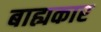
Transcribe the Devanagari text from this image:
बाह्यकार